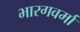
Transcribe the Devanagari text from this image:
भारगवर्मा